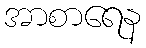
အာစာရေန